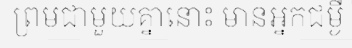
ព្រមជាមួយគ្នានោះ មានអ្នកជម្ងឺ